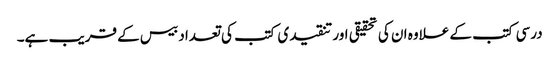
درسی کتب کے علاوہ ان کی تحقیقی اور تنقیدی کتب کی تعداد بیس کے قریب ہے۔